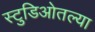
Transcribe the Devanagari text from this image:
स्टुडिओतल्या